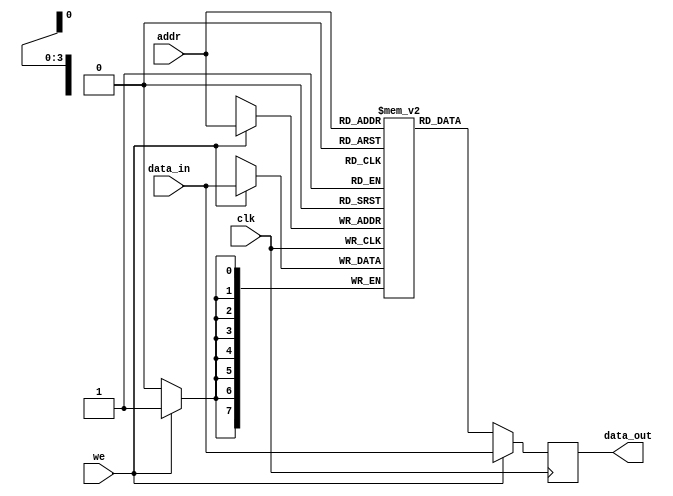
module single_port_ram_synchronous_behavioral(
    input  clk,                                         // Clock
    input  we,                                          // Write enable
    input  [ADDR_WIDTH-1:0] addr,                       // Address
    input  [DATA_WIDTH-1:0] data_in,                    // Data to write
    output reg [DATA_WIDTH-1:0] data_out);              // Data to read

    // PARAMETERS
    parameter DATA_WIDTH = 8;
    parameter ADDR_WIDTH = 4;
    parameter MEM_DEPTH = 16;

    // DATA TYPES
    reg [DATA_WIDTH-1:0] mem [0:MEM_DEPTH-1];           // RAM (16x8)

    // ALWAYS BLOCK with NON-BLOCKING PROCEDURAL ASSIGNMENT STATEMENT
    always @(posedge clk) begin
        // WRITE (DATA PASS)
        if (we) begin
            mem[addr] <= data_in;
            data_out <= data_in;
        // READ
        end else begin
            data_out <= mem[addr];
        end
    end

endmodule